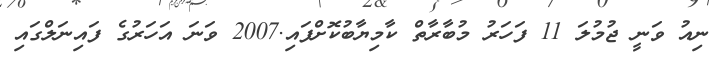
ނިއު ވަނީ ޖުމުލަ 11 ފަހަރު މުބާރާތް ކާމިޔާބުކޮށްފައި.2007 ވަނަ އަހަރުގެ ފައިނަލްގައި